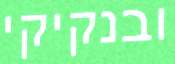
ובנקיקי